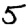
Digit: 5